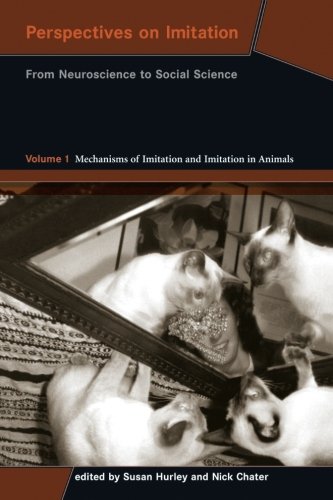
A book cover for Perspectives on Imitation: From Neuroscience to Social Science - Volume 1: Mechanisms of Imitation and                 Imitation in Animals (Social Neuroscience Series); Medical Books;